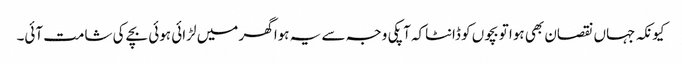
کیونکہ جہاں نقصان بھی ہوا تو بچوں کو ڈانٹاکہ آپکی وجہ سے یہ ہوا گھر میں لڑائی ہوئی بچے کی شامت آئی۔